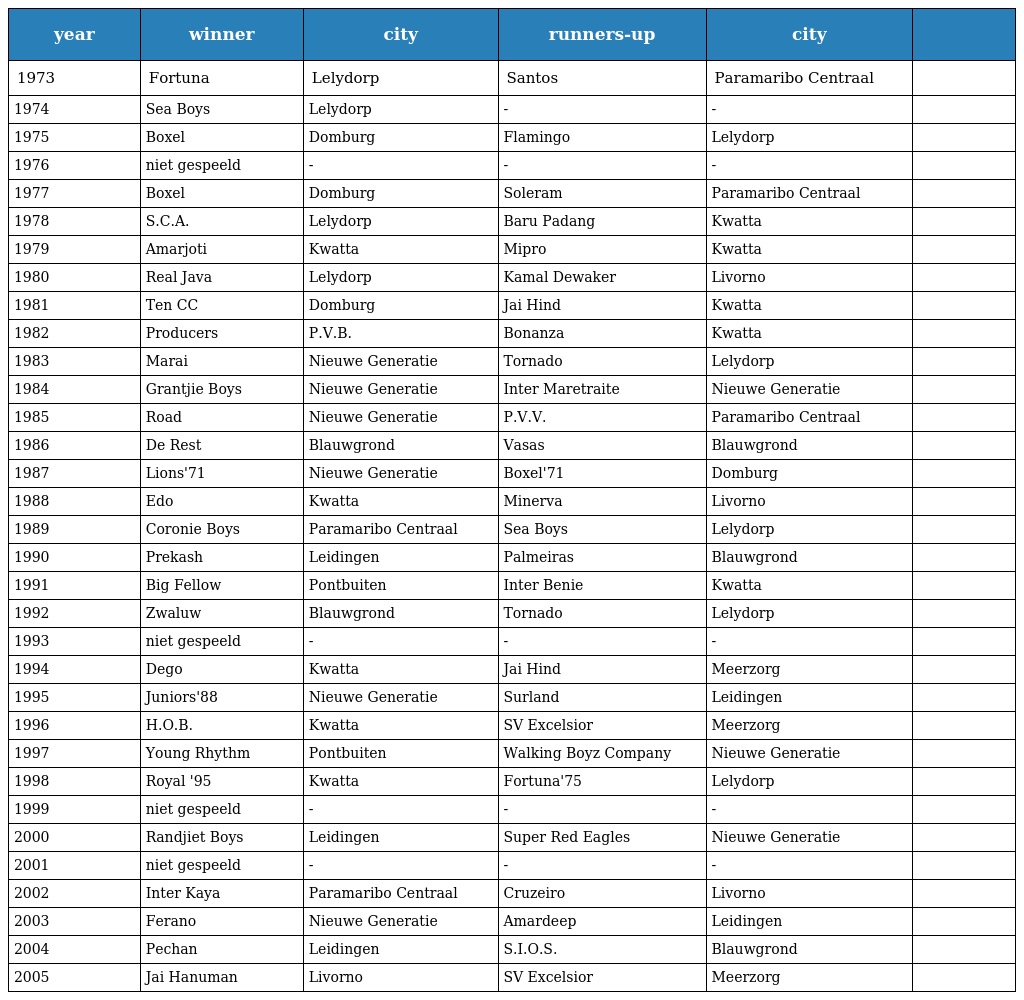
| year | winner | city | runners-up | city |  |
 | --- | --- | --- | --- | --- | --- |
 | 1973 | Fortuna | Lelydorp | Santos | Paramaribo Centraal |  |
 | 1974 | Sea Boys | Lelydorp | - | - |  |
 | 1975 | Boxel | Domburg | Flamingo | Lelydorp |  |
 | 1976 | niet gespeeld | - | - | - |  |
 | 1977 | Boxel | Domburg | Soleram | Paramaribo Centraal |  |
 | 1978 | S.C.A. | Lelydorp | Baru Padang | Kwatta |  |
 | 1979 | Amarjoti | Kwatta | Mipro | Kwatta |  |
 | 1980 | Real Java | Lelydorp | Kamal Dewaker | Livorno |  |
 | 1981 | Ten CC | Domburg | Jai Hind | Kwatta |  |
 | 1982 | Producers | P.V.B. | Bonanza | Kwatta |  |
 | 1983 | Marai | Nieuwe Generatie | Tornado | Lelydorp |  |
 | 1984 | Grantjie Boys | Nieuwe Generatie | Inter Maretraite | Nieuwe Generatie |  |
 | 1985 | Road | Nieuwe Generatie | P.V.V. | Paramaribo Centraal |  |
 | 1986 | De Rest | Blauwgrond | Vasas | Blauwgrond |  |
 | 1987 | Lions'71 | Nieuwe Generatie | Boxel'71 | Domburg |  |
 | 1988 | Edo | Kwatta | Minerva | Livorno |  |
 | 1989 | Coronie Boys | Paramaribo Centraal | Sea Boys | Lelydorp |  |
 | 1990 | Prekash | Leidingen | Palmeiras | Blauwgrond |  |
 | 1991 | Big Fellow | Pontbuiten | Inter Benie | Kwatta |  |
 | 1992 | Zwaluw | Blauwgrond | Tornado | Lelydorp |  |
 | 1993 | niet gespeeld | - | - | - |  |
 | 1994 | Dego | Kwatta | Jai Hind | Meerzorg |  |
 | 1995 | Juniors'88 | Nieuwe Generatie | Surland | Leidingen |  |
 | 1996 | H.O.B. | Kwatta | SV Excelsior | Meerzorg |  |
 | 1997 | Young Rhythm | Pontbuiten | Walking Boyz Company | Nieuwe Generatie |  |
 | 1998 | Royal '95 | Kwatta | Fortuna'75 | Lelydorp |  |
 | 1999 | niet gespeeld | - | - | - |  |
 | 2000 | Randjiet Boys | Leidingen | Super Red Eagles | Nieuwe Generatie |  |
 | 2001 | niet gespeeld | - | - | - |  |
 | 2002 | Inter Kaya | Paramaribo Centraal | Cruzeiro | Livorno |  |
 | 2003 | Ferano | Nieuwe Generatie | Amardeep | Leidingen |  |
 | 2004 | Pechan | Leidingen | S.I.O.S. | Blauwgrond |  |
 | 2005 | Jai Hanuman | Livorno | SV Excelsior | Meerzorg |  |